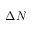
\Delta N